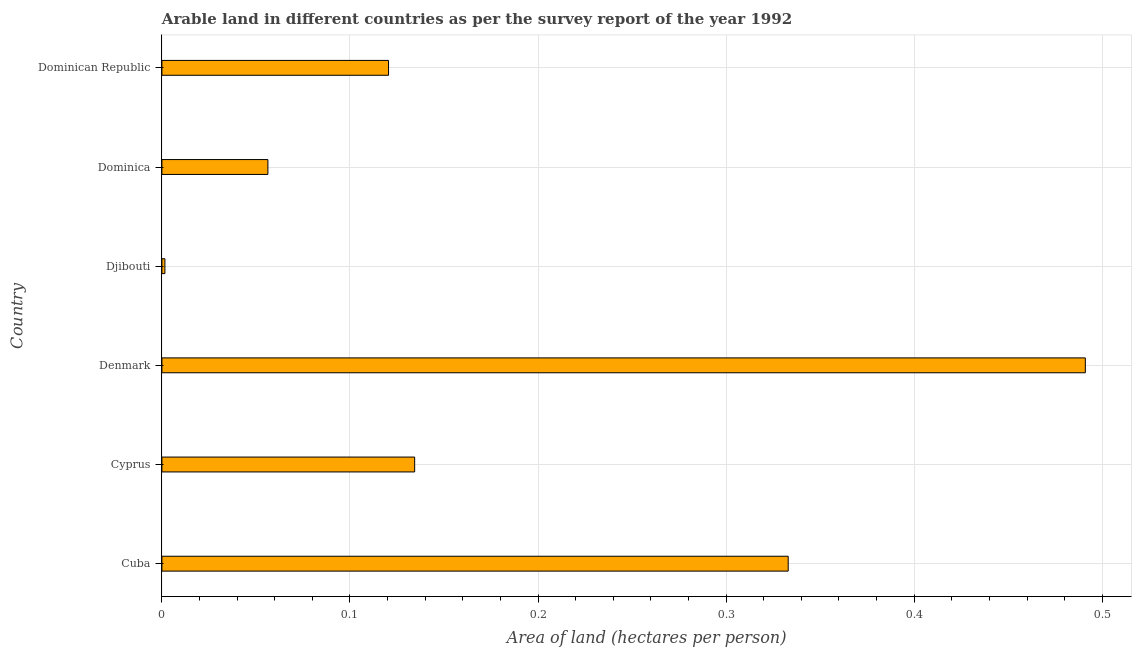
| Country | Arable land |
 | --- | --- |
 | Cuba | 0.333 |
 | Cyprus | 0.134 |
 | Denmark | 0.491 |
 | Djibouti | 0.00159 |
 | Dominica | 0.0564 |
 | Dominican Republic | 0.121 |